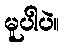
မူပါပဲ။